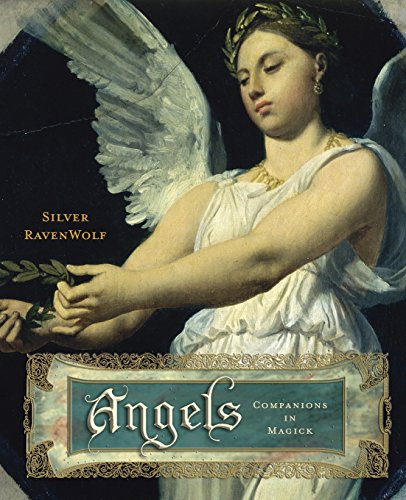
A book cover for Angels: Companions in Magick; Silver RavenWolf; Christian Books & Bibles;